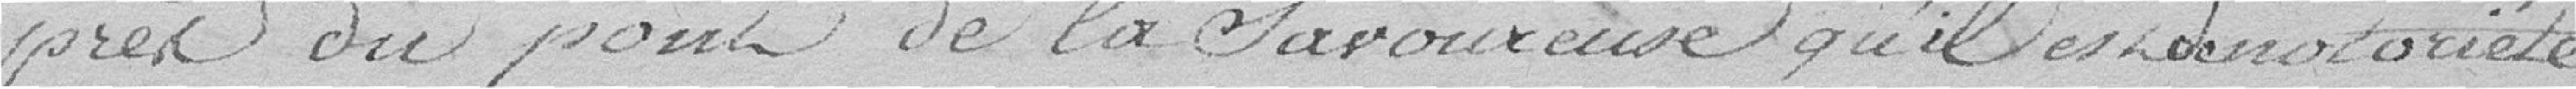
près du pont de la Savoureuse qu'il est de notoriété